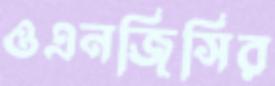
ওএনজিসির